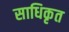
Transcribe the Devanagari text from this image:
साधिकृत